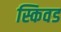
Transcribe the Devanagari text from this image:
स्किवड